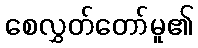
စေလွှတ်တော်မူ၏